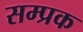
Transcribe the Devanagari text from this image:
सम्प्रक